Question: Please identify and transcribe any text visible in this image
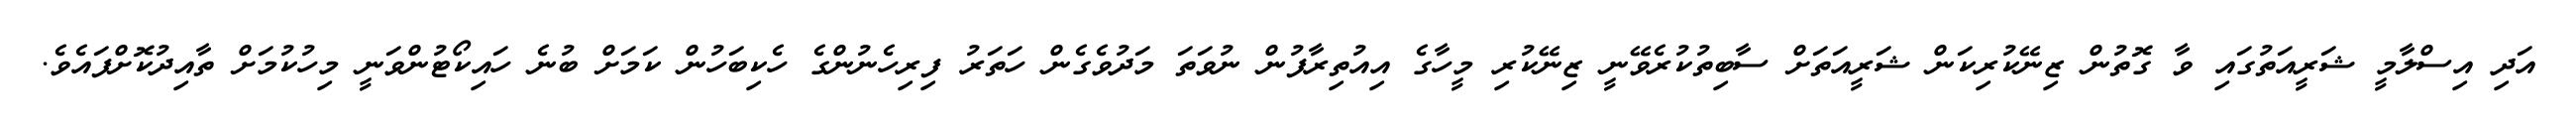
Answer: އަދި އިސްލާމީ ޝަރީއަތުގައި ވާ ގޮތުން ޒިނޭކުރިކަން ޝަރީއަތަށް ސާބިތުކުރެވޭނީ ޒިނޭކުރި މީހާގެ އިއުތިރާފުން ނުވަތަ މަދުވެގެން ހަތަރު ފިރިހެނުންގެ ހެކިބަހުން ކަމަށް ބުނެ ހައިކޯޓުންވަނީ މިހުކުމަށް ތާއިދުކޮށްފައެވެ.